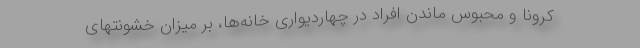
کرونا و محبوس ماندن افراد در چهاردیواری خانه‌ها، بر میزان خشونتهای